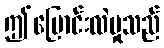
ဤပြောင်းလဲမှုသည်